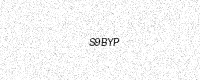
Text: S9BYP